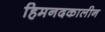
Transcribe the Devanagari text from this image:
हिमनदकालीन